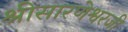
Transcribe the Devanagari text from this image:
श्रीसारणेश्वरजी